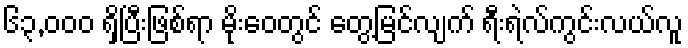
၆၃,၀၀၀ ရှိပြီးဖြစ်ရာ မိုးဝေတွင် တွေ့မြင်လျက် ရီးရဲလ်ကွင်းလယ်လူ